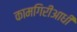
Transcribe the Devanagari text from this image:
कामगिरीआधी